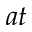
a t